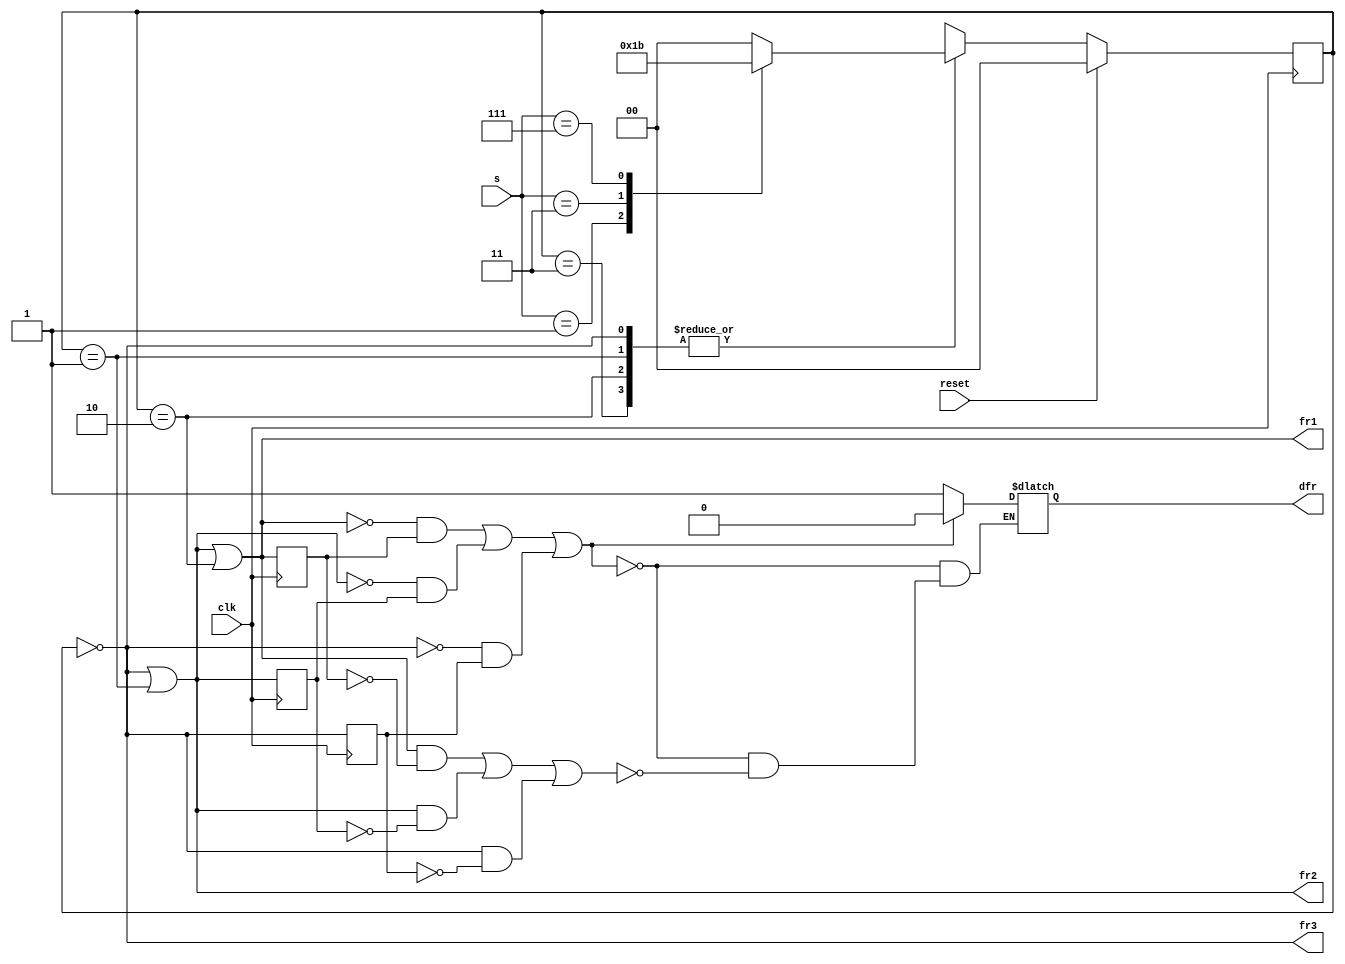
module top_module (
    input clk,
    input reset,
    input [3:1] s,
    output fr3,
    output fr2,
    output fr1,
    output dfr
); 
    //declare 4 states
    parameter IDLE = 2'd0, SENSOR_1 = 2'd1, SENSOR_2 = 2'd2, SENSOR_3 = 2'd3;
    reg[1:0] current_state, next_state;
    
    //transition block
    always@(*) begin
        case(current_state)
            IDLE : begin
                case(s)
                    3'b001 : next_state = SENSOR_1;
                    3'b011 : next_state = SENSOR_2;
                    3'b111 : next_state = SENSOR_3;
                    default : next_state = IDLE;
                endcase
            end
            SENSOR_1 : begin
                case(s)
                    3'b001 : next_state = SENSOR_1;
                    3'b011 : next_state = SENSOR_2;
                    3'b111 : next_state = SENSOR_3;
                    default : next_state = IDLE;
                endcase
            end
            SENSOR_2 : begin
                case(s)
                    3'b001 : next_state = SENSOR_1;
                    3'b011 : next_state = SENSOR_2;
                    3'b111 : next_state = SENSOR_3;
                    default : next_state = IDLE;
                endcase
            end
            SENSOR_3 : begin
                case(s)
                    3'b001 : next_state = SENSOR_1;
                    3'b011 : next_state = SENSOR_2;
                    3'b111 : next_state = SENSOR_3;
                    default : next_state = IDLE;
                endcase
            end
            default: next_state = IDLE;
        endcase
    end
    
    //flip-flop block
    always@(posedge clk) begin
        if(reset)
            current_state = IDLE;
        else
            current_state = next_state;
    end
    
    //output of FR1, FR2, FR3
    assign fr1 = (current_state == IDLE | current_state == SENSOR_1 | current_state == SENSOR_2);
    assign fr2 = (current_state == IDLE | current_state == SENSOR_1);
    assign fr3 = (current_state == IDLE);
    
    //control the dfr
    reg fr1_reg, fr2_reg, fr3_reg;
    always@(posedge clk) begin
        fr1_reg <= fr1;
    end
    always@(posedge clk) begin
        fr2_reg <= fr2;
    end
    always@(posedge clk) begin
        fr3_reg <= fr3;
    end
    
    
    always@(*) begin
        if(~fr1 & fr1_reg | ~fr2 & fr2_reg | ~fr3 & fr3_reg)
            dfr = 1'b0;
        else if(fr1 & ~fr1_reg | fr2 & ~fr2_reg | fr3 & ~fr3_reg)
            dfr = 1'b1;
    end

endmodule